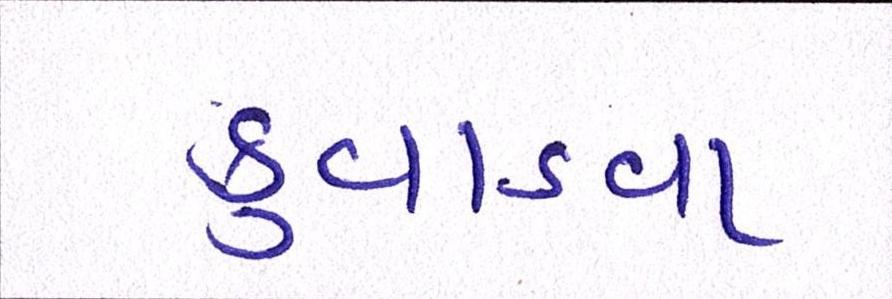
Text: કુવાડવા